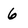
Character: 6